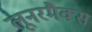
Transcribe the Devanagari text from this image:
लूनरमैक्स